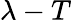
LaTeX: \lambda-T